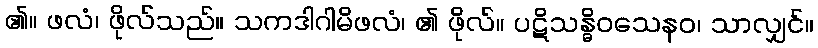
၏။ ဖလံ၊ ဖိုလ်သည်။ သကဒါဂါမိဖလံ၊ ၏ ဖိုလ်။ ပဋိသန္ဓိဝသေနဝ၊ သာလျှင်။